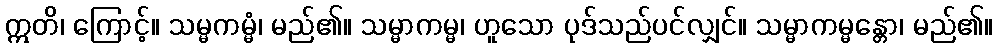
ဣတိ၊ ကြောင့်။ သမ္မကမ္မံ၊ မည်၏။ သမ္မာကမ္မ၊ ဟူသော ပုဒ်သည်ပင်လျှင်။ သမ္မာကမ္မန္တော၊ မည်၏။